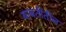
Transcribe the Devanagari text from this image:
बाबतींतील